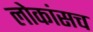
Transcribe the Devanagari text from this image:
लोकांसच